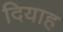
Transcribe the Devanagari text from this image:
दियाह